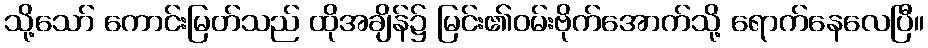
သို့သော် ကောင်းမြတ်သည် ထိုအချိန်၌ မြင်း၏ဝမ်းဗိုက်အောက်သို့ ရောက်နေလေပြီ။